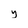
Character: y